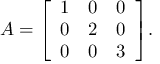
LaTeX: A = { \left[ \begin{array} { l l l } { 1 } & { 0 } & { 0 } \\ { 0 } & { 2 } & { 0 } \\ { 0 } & { 0 } & { 3 } \end{array} \right] } .